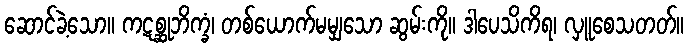
ဆောင်ခဲ့သော။ ကဋစ္ဆုဘိက္ခံ၊ တစ်ယောက်မမျှသော ဆွမ်းကို။ ဒါပေသိကိရ၊ လှူစေသတတ်။